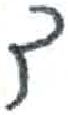
אות: ד